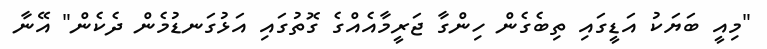
"މިއީ ބަޔަކު އަޑީގައި ތިބެގެން ހިންގާ ޖަރީމާއެއްގެ ގޮތުގައި އަޅުގަނޑުމެން ދެކެން" އޭނާ